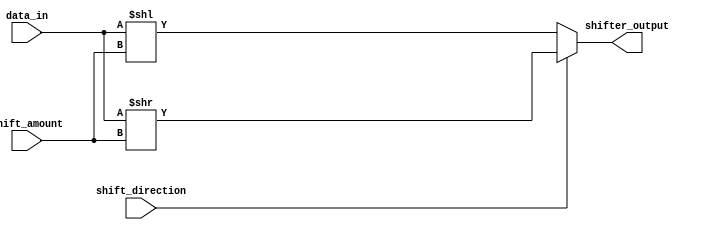
module SHIFTER(
input [31:0] data_in, 
input [31:0] shift_amount, 
input shift_direction, 
output reg [31:0] shifter_output 
);
always @(data_in)
begin
//shift right operation
if(shift_direction) 
	shifter_output <= data_in >> shift_amount;
else
	shifter_output <= data_in << shift_amount;
end

endmodule